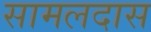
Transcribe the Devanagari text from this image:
सामलदास